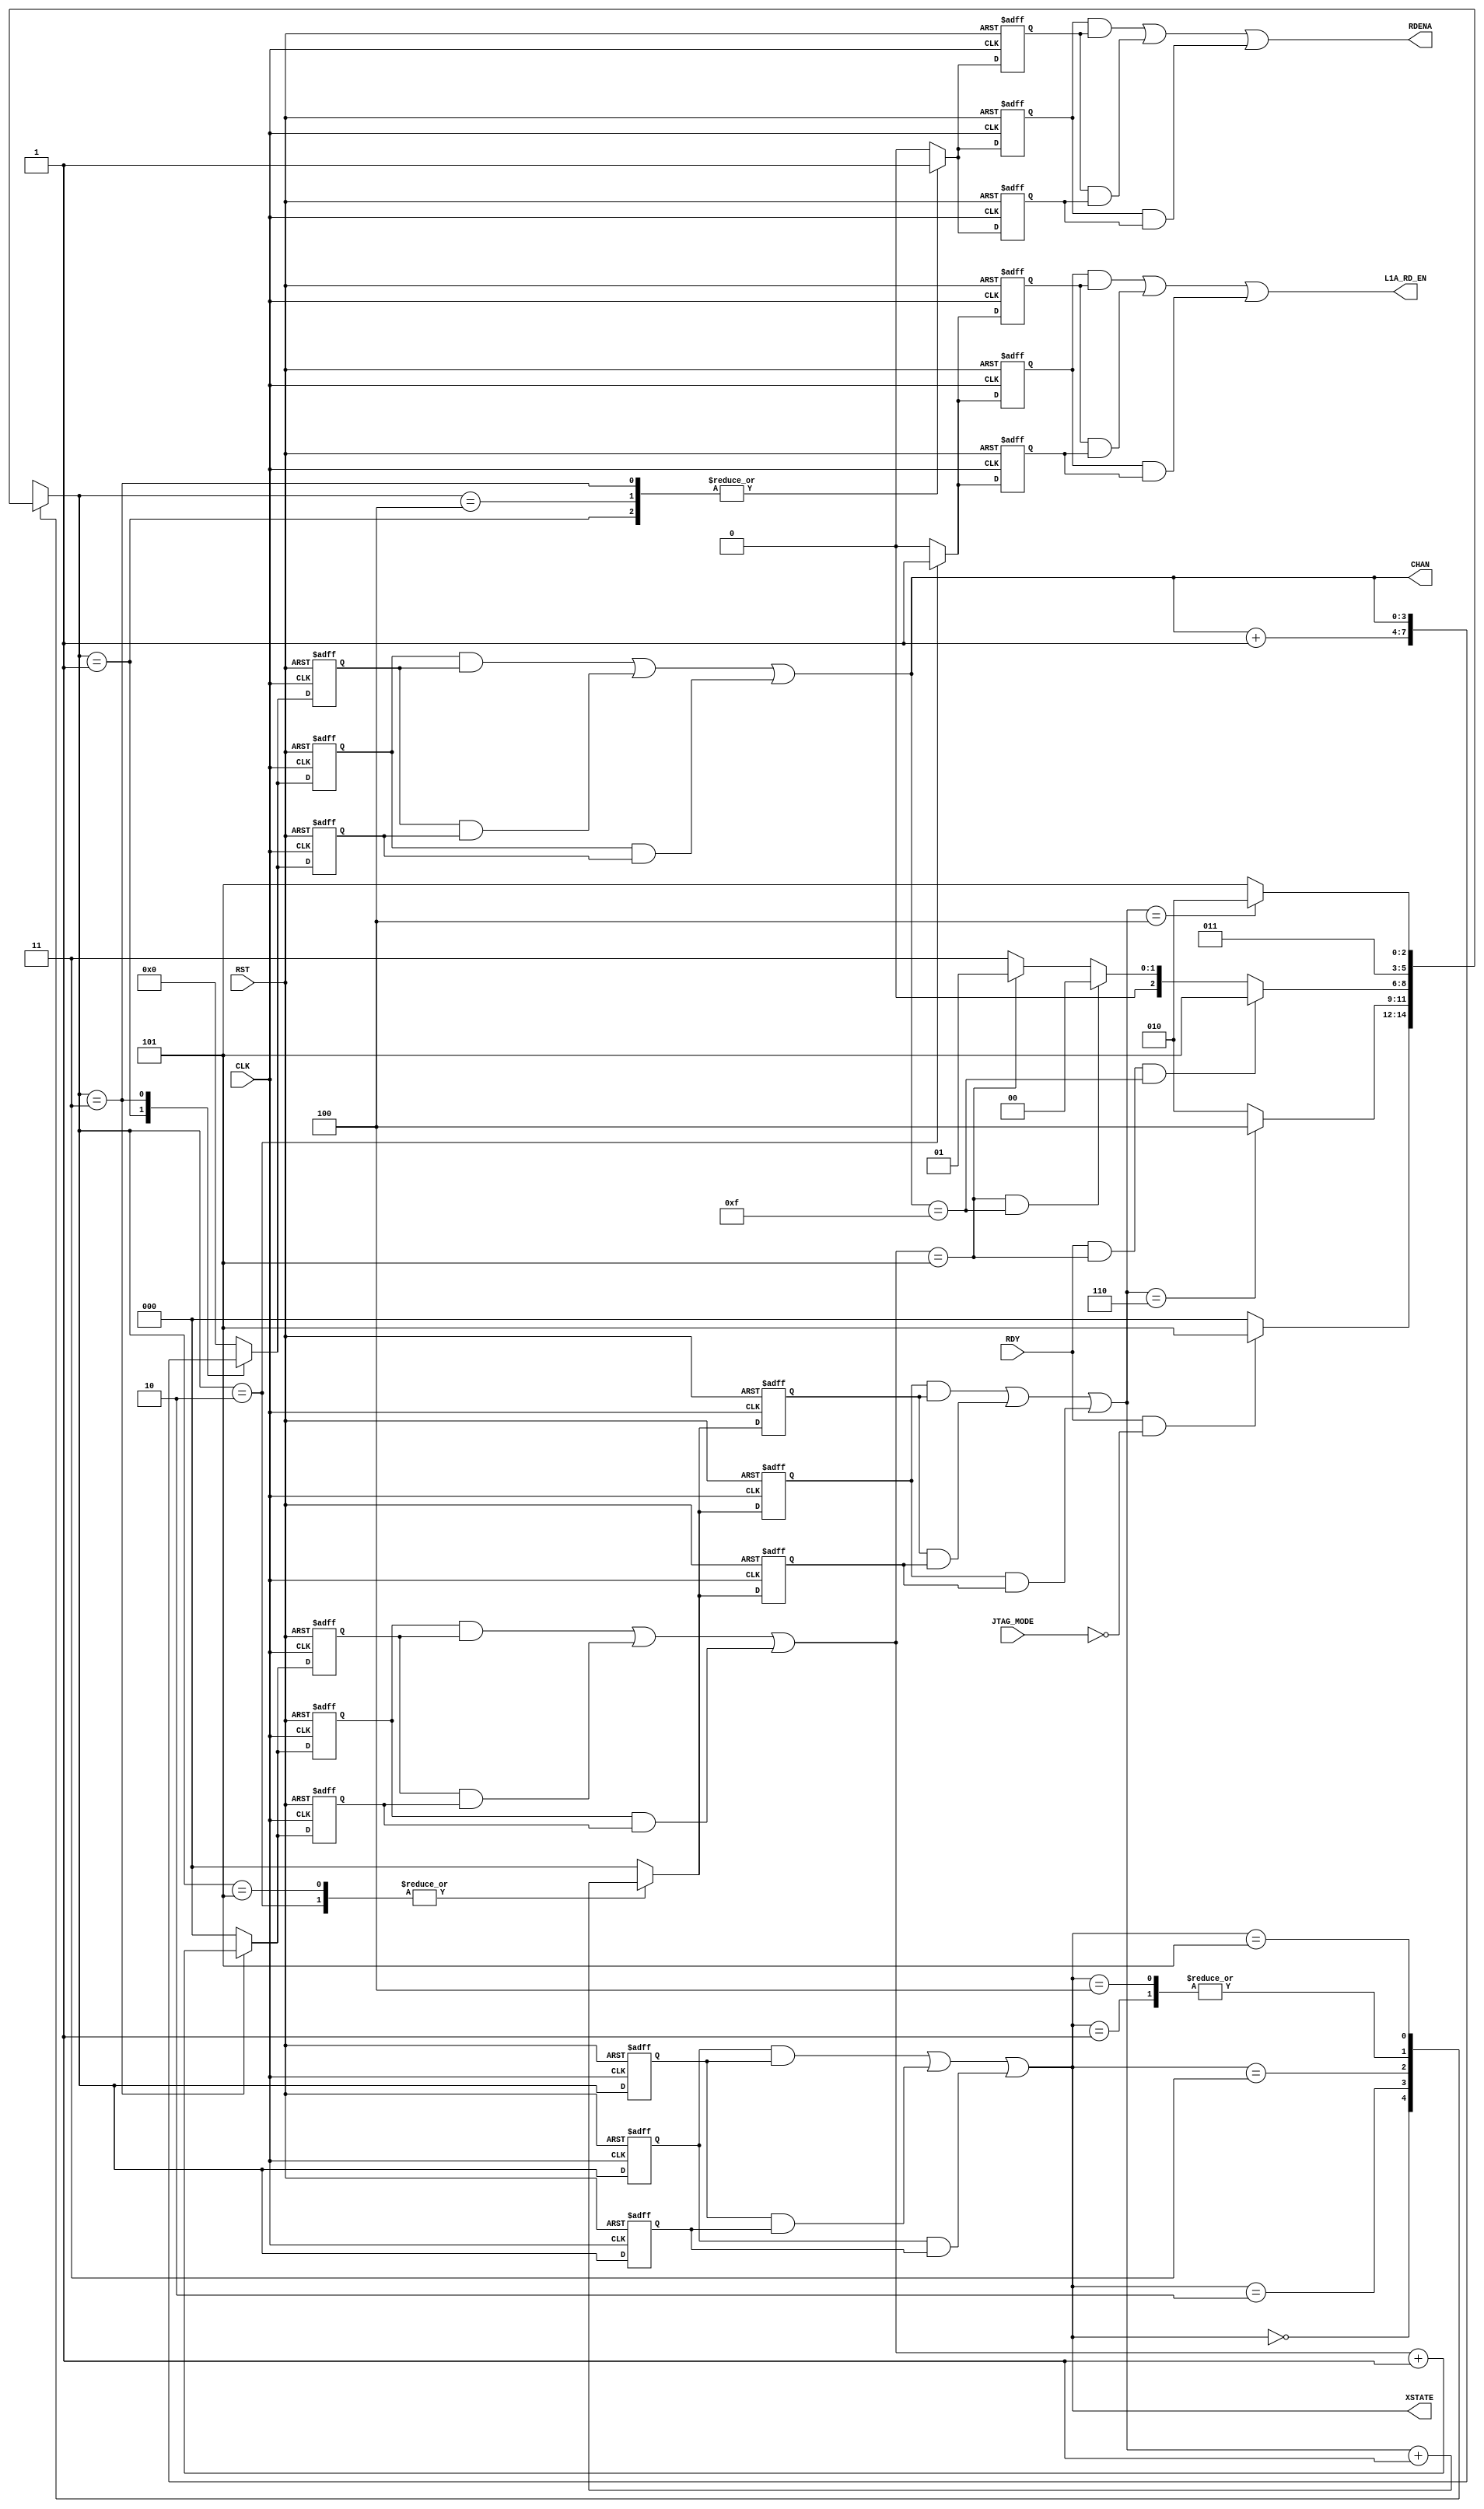

// Created by fizzim_tmr.pl version $Revision: 4.44 on 2014:08:26 at 13:15:06 (www.fizzim.com)

module transfer_samples_FSM_TMR (
  output wire [3:0] CHAN,
  output L1A_RD_EN,
  output RDENA,
  output wire [2:0] XSTATE,
  input CLK,
  input JTAG_MODE,
  input RDY,
  input RST 
);

  // state bits
  parameter 
  Idle           = 3'b000, 
  Inc_Chan_state = 3'b001, 
  L1A_Rd_two     = 3'b010, 
  Rd_Ena         = 3'b011, 
  Strt_Trns      = 3'b100, 
  Wait           = 3'b101; 

  (* syn_preserve = "true" *) reg [2:0] state_1;
  (* syn_preserve = "true" *) reg [2:0] state_2;
  (* syn_preserve = "true" *) reg [2:0] state_3;

  (* syn_keep = "true" *) wire [2:0] voted_state_1;
  (* syn_keep = "true" *) wire [2:0] voted_state_2;
  (* syn_keep = "true" *) wire [2:0] voted_state_3;

  assign voted_state_1     = (state_1     & state_2    ) | (state_2     & state_3    ) | (state_1     & state_3    ); // Majority logic
  assign voted_state_2     = (state_1     & state_2    ) | (state_2     & state_3    ) | (state_1     & state_3    ); // Majority logic
  assign voted_state_3     = (state_1     & state_2    ) | (state_2     & state_3    ) | (state_1     & state_3    ); // Majority logic

  assign XSTATE = voted_state_1;

  (* syn_keep = "true" *) reg [2:0] nextstate_1;
  (* syn_keep = "true" *) reg [2:0] nextstate_2;
  (* syn_keep = "true" *) reg [2:0] nextstate_3;

  (* syn_preserve = "true" *)  reg [3:0] CHAN_1;
  (* syn_preserve = "true" *)  reg [3:0] CHAN_2;
  (* syn_preserve = "true" *)  reg [3:0] CHAN_3;
  (* syn_preserve = "true" *)  reg L1A_RD_EN_1;
  (* syn_preserve = "true" *)  reg L1A_RD_EN_2;
  (* syn_preserve = "true" *)  reg L1A_RD_EN_3;
  (* syn_preserve = "true" *)  reg RDENA_1;
  (* syn_preserve = "true" *)  reg RDENA_2;
  (* syn_preserve = "true" *)  reg RDENA_3;
  (* syn_preserve = "true" *)  reg [2:0] chip_1;
  (* syn_preserve = "true" *)  reg [2:0] chip_2;
  (* syn_preserve = "true" *)  reg [2:0] chip_3;
  (* syn_keep = "true" *)      wire [2:0] voted_chip_1;
  (* syn_keep = "true" *)      wire [2:0] voted_chip_2;
  (* syn_keep = "true" *)      wire [2:0] voted_chip_3;
  (* syn_preserve = "true" *)  reg [2:0] cnt_1;
  (* syn_preserve = "true" *)  reg [2:0] cnt_2;
  (* syn_preserve = "true" *)  reg [2:0] cnt_3;
  (* syn_keep = "true" *)      wire [2:0] voted_cnt_1;
  (* syn_keep = "true" *)      wire [2:0] voted_cnt_2;
  (* syn_keep = "true" *)      wire [2:0] voted_cnt_3;

  // Assignment of outputs and flags to voted majority logic of replicated registers
  assign CHAN      = (CHAN_1      & CHAN_2     ) | (CHAN_2      & CHAN_3     ) | (CHAN_1      & CHAN_3     ); // Majority logic
  assign L1A_RD_EN = (L1A_RD_EN_1 & L1A_RD_EN_2) | (L1A_RD_EN_2 & L1A_RD_EN_3) | (L1A_RD_EN_1 & L1A_RD_EN_3); // Majority logic
  assign RDENA     = (RDENA_1     & RDENA_2    ) | (RDENA_2     & RDENA_3    ) | (RDENA_1     & RDENA_3    ); // Majority logic
  assign voted_chip_1      = (chip_1      & chip_2     ) | (chip_2      & chip_3     ) | (chip_1      & chip_3     ); // Majority logic
  assign voted_chip_2      = (chip_1      & chip_2     ) | (chip_2      & chip_3     ) | (chip_1      & chip_3     ); // Majority logic
  assign voted_chip_3      = (chip_1      & chip_2     ) | (chip_2      & chip_3     ) | (chip_1      & chip_3     ); // Majority logic
  assign voted_cnt_1       = (cnt_1       & cnt_2      ) | (cnt_2       & cnt_3      ) | (cnt_1       & cnt_3      ); // Majority logic
  assign voted_cnt_2       = (cnt_1       & cnt_2      ) | (cnt_2       & cnt_3      ) | (cnt_1       & cnt_3      ); // Majority logic
  assign voted_cnt_3       = (cnt_1       & cnt_2      ) | (cnt_2       & cnt_3      ) | (cnt_1       & cnt_3      ); // Majority logic

  // Assignment of error detection logic to replicated signals

  // comb always block
  always @* begin
    nextstate_1 = 3'bxxx; // default to x because default_state_is_x is set
    nextstate_2 = 3'bxxx; // default to x because default_state_is_x is set
    nextstate_3 = 3'bxxx; // default to x because default_state_is_x is set
    case (voted_state_1)
      Idle          : if      (RDY && !JTAG_MODE)                          nextstate_1 = Wait;
                      else                                                 nextstate_1 = Idle;
      Inc_Chan_state:                                                      nextstate_1 = Rd_Ena;
      L1A_Rd_two    : if      (voted_cnt_1 ==  6)                          nextstate_1 = Strt_Trns;
                      else                                                 nextstate_1 = L1A_Rd_two;
      Rd_Ena        : if      (RDY && (voted_chip_1 == 5) && (CHAN ==15))  nextstate_1 = Wait;
                      else if ((voted_chip_1 == 5) && (CHAN == 15))        nextstate_1 = Idle;
                      else if ((voted_chip_1 == 5))                        nextstate_1 = Inc_Chan_state;
                      else                                                 nextstate_1 = Rd_Ena;
      Strt_Trns     :                                                      nextstate_1 = Rd_Ena;
      Wait          : if      (voted_cnt_1 == 4)                           nextstate_1 = L1A_Rd_two;
                      else                                                 nextstate_1 = Wait;
    endcase
    case (voted_state_2)
      Idle          : if      (RDY && !JTAG_MODE)                          nextstate_2 = Wait;
                      else                                                 nextstate_2 = Idle;
      Inc_Chan_state:                                                      nextstate_2 = Rd_Ena;
      L1A_Rd_two    : if      (voted_cnt_2 ==  6)                          nextstate_2 = Strt_Trns;
                      else                                                 nextstate_2 = L1A_Rd_two;
      Rd_Ena        : if      (RDY && (voted_chip_2 == 5) && (CHAN ==15))  nextstate_2 = Wait;
                      else if ((voted_chip_2 == 5) && (CHAN == 15))        nextstate_2 = Idle;
                      else if ((voted_chip_2 == 5))                        nextstate_2 = Inc_Chan_state;
                      else                                                 nextstate_2 = Rd_Ena;
      Strt_Trns     :                                                      nextstate_2 = Rd_Ena;
      Wait          : if      (voted_cnt_2 == 4)                           nextstate_2 = L1A_Rd_two;
                      else                                                 nextstate_2 = Wait;
    endcase
    case (voted_state_3)
      Idle          : if      (RDY && !JTAG_MODE)                          nextstate_3 = Wait;
                      else                                                 nextstate_3 = Idle;
      Inc_Chan_state:                                                      nextstate_3 = Rd_Ena;
      L1A_Rd_two    : if      (voted_cnt_3 ==  6)                          nextstate_3 = Strt_Trns;
                      else                                                 nextstate_3 = L1A_Rd_two;
      Rd_Ena        : if      (RDY && (voted_chip_3 == 5) && (CHAN ==15))  nextstate_3 = Wait;
                      else if ((voted_chip_3 == 5) && (CHAN == 15))        nextstate_3 = Idle;
                      else if ((voted_chip_3 == 5))                        nextstate_3 = Inc_Chan_state;
                      else                                                 nextstate_3 = Rd_Ena;
      Strt_Trns     :                                                      nextstate_3 = Rd_Ena;
      Wait          : if      (voted_cnt_3 == 4)                           nextstate_3 = L1A_Rd_two;
                      else                                                 nextstate_3 = Wait;
    endcase
  end

  // Assign reg'd outputs to state bits

  // sequential always block
  always @(posedge CLK or posedge RST) begin
    if (RST) begin
      state_1 <= Idle;
      state_2 <= Idle;
      state_3 <= Idle;
    end
    else begin
      state_1 <= nextstate_1;
      state_2 <= nextstate_2;
      state_3 <= nextstate_3;
    end
  end

  // datapath sequential always block
  always @(posedge CLK or posedge RST) begin
    if (RST) begin
      CHAN_1 <= 4'h0;
      CHAN_2 <= 4'h0;
      CHAN_3 <= 4'h0;
      L1A_RD_EN_1 <= 0;
      L1A_RD_EN_2 <= 0;
      L1A_RD_EN_3 <= 0;
      RDENA_1 <= 0;
      RDENA_2 <= 0;
      RDENA_3 <= 0;
      chip_1 <= 3'h0;
      chip_2 <= 3'h0;
      chip_3 <= 3'h0;
      cnt_1 <= 3'h0;
      cnt_2 <= 3'h0;
      cnt_3 <= 3'h0;
    end
    else begin
      CHAN_1 <= 4'h0; // default
      CHAN_2 <= 4'h0; // default
      CHAN_3 <= 4'h0; // default
      L1A_RD_EN_1 <= 0; // default
      L1A_RD_EN_2 <= 0; // default
      L1A_RD_EN_3 <= 0; // default
      RDENA_1 <= 0; // default
      RDENA_2 <= 0; // default
      RDENA_3 <= 0; // default
      chip_1 <= 3'h0; // default
      chip_2 <= 3'h0; // default
      chip_3 <= 3'h0; // default
      cnt_1 <= 3'h0; // default
      cnt_2 <= 3'h0; // default
      cnt_3 <= 3'h0; // default
      case (nextstate_1)
        Inc_Chan_state: begin
                               CHAN_1 <= CHAN + 1;
                               RDENA_1 <= 1;
        end
        L1A_Rd_two    : begin
                               L1A_RD_EN_1 <= 1;
                               cnt_1 <= voted_cnt_1 + 1;
        end
        Rd_Ena        : begin
                               CHAN_1 <= CHAN;
                               RDENA_1 <= 1;
                               chip_1 <= voted_chip_1 + 1;
        end
        Strt_Trns     :        RDENA_1 <= 1;
        Wait          :        cnt_1 <= voted_cnt_1 + 1;
      endcase
      case (nextstate_2)
        Inc_Chan_state: begin
                               CHAN_2 <= CHAN + 1;
                               RDENA_2 <= 1;
        end
        L1A_Rd_two    : begin
                               L1A_RD_EN_2 <= 1;
                               cnt_2 <= voted_cnt_2 + 1;
        end
        Rd_Ena        : begin
                               CHAN_2 <= CHAN;
                               RDENA_2 <= 1;
                               chip_2 <= voted_chip_2 + 1;
        end
        Strt_Trns     :        RDENA_2 <= 1;
        Wait          :        cnt_2 <= voted_cnt_2 + 1;
      endcase
      case (nextstate_3)
        Inc_Chan_state: begin
                               CHAN_3 <= CHAN + 1;
                               RDENA_3 <= 1;
        end
        L1A_Rd_two    : begin
                               L1A_RD_EN_3 <= 1;
                               cnt_3 <= voted_cnt_3 + 1;
        end
        Rd_Ena        : begin
                               CHAN_3 <= CHAN;
                               RDENA_3 <= 1;
                               chip_3 <= voted_chip_3 + 1;
        end
        Strt_Trns     :        RDENA_3 <= 1;
        Wait          :        cnt_3 <= voted_cnt_3 + 1;
      endcase
    end
  end

  // This code allows you to see state names in simulation
  `ifndef SYNTHESIS
  reg [111:0] statename;
  always @* begin
    case (state_1)
      Idle          : statename = "Idle";
      Inc_Chan_state: statename = "Inc_Chan_state";
      L1A_Rd_two    : statename = "L1A_Rd_two";
      Rd_Ena        : statename = "Rd_Ena";
      Strt_Trns     : statename = "Strt_Trns";
      Wait          : statename = "Wait";
      default       : statename = "XXXXXXXXXXXXXX";
    endcase
  end
  `endif

endmodule